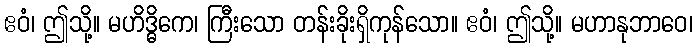
ဧဝံ၊ ဤသို့။ မဟိဒ္ဓိကေ၊ ကြီးသော တန်းခိုးရှိကုန်သော။ ဧဝံ၊ ဤသို့။ မဟာနုဘာဝေ၊